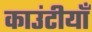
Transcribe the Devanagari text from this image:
काउंटीयाँ